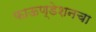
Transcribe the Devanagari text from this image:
फाऊण्डेशनचा